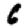
Digit: 6